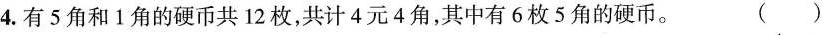
4.有5角和1角的硬币共12枚，共计4元4角，其中有6枚5角的硬币。 ( )